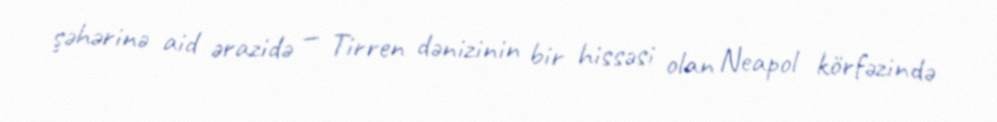
şəhərinə aid ərazidə — Tirren dənizinin bir hissəsi olan Neapol körfəzində